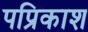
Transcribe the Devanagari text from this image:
पप्रिकाश